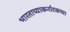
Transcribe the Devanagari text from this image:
भारताच्याकर्नाटकच्या